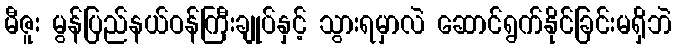
မီဇူး မွန်ပြည်နယ်ဝန်ကြီးချုပ်နှင့် သွားရမှာလဲ ဆောင်ရွက်နိုင်ခြင်းမရှိဘဲ